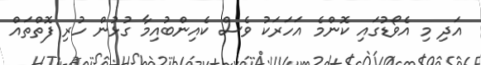
އަދި މި އެވޯޑުގައި ކޮންމެ އަހަރަކު ވެސް ކެއިންބުއިމާ ގުޅުން ހުރި ފޮތްތައް